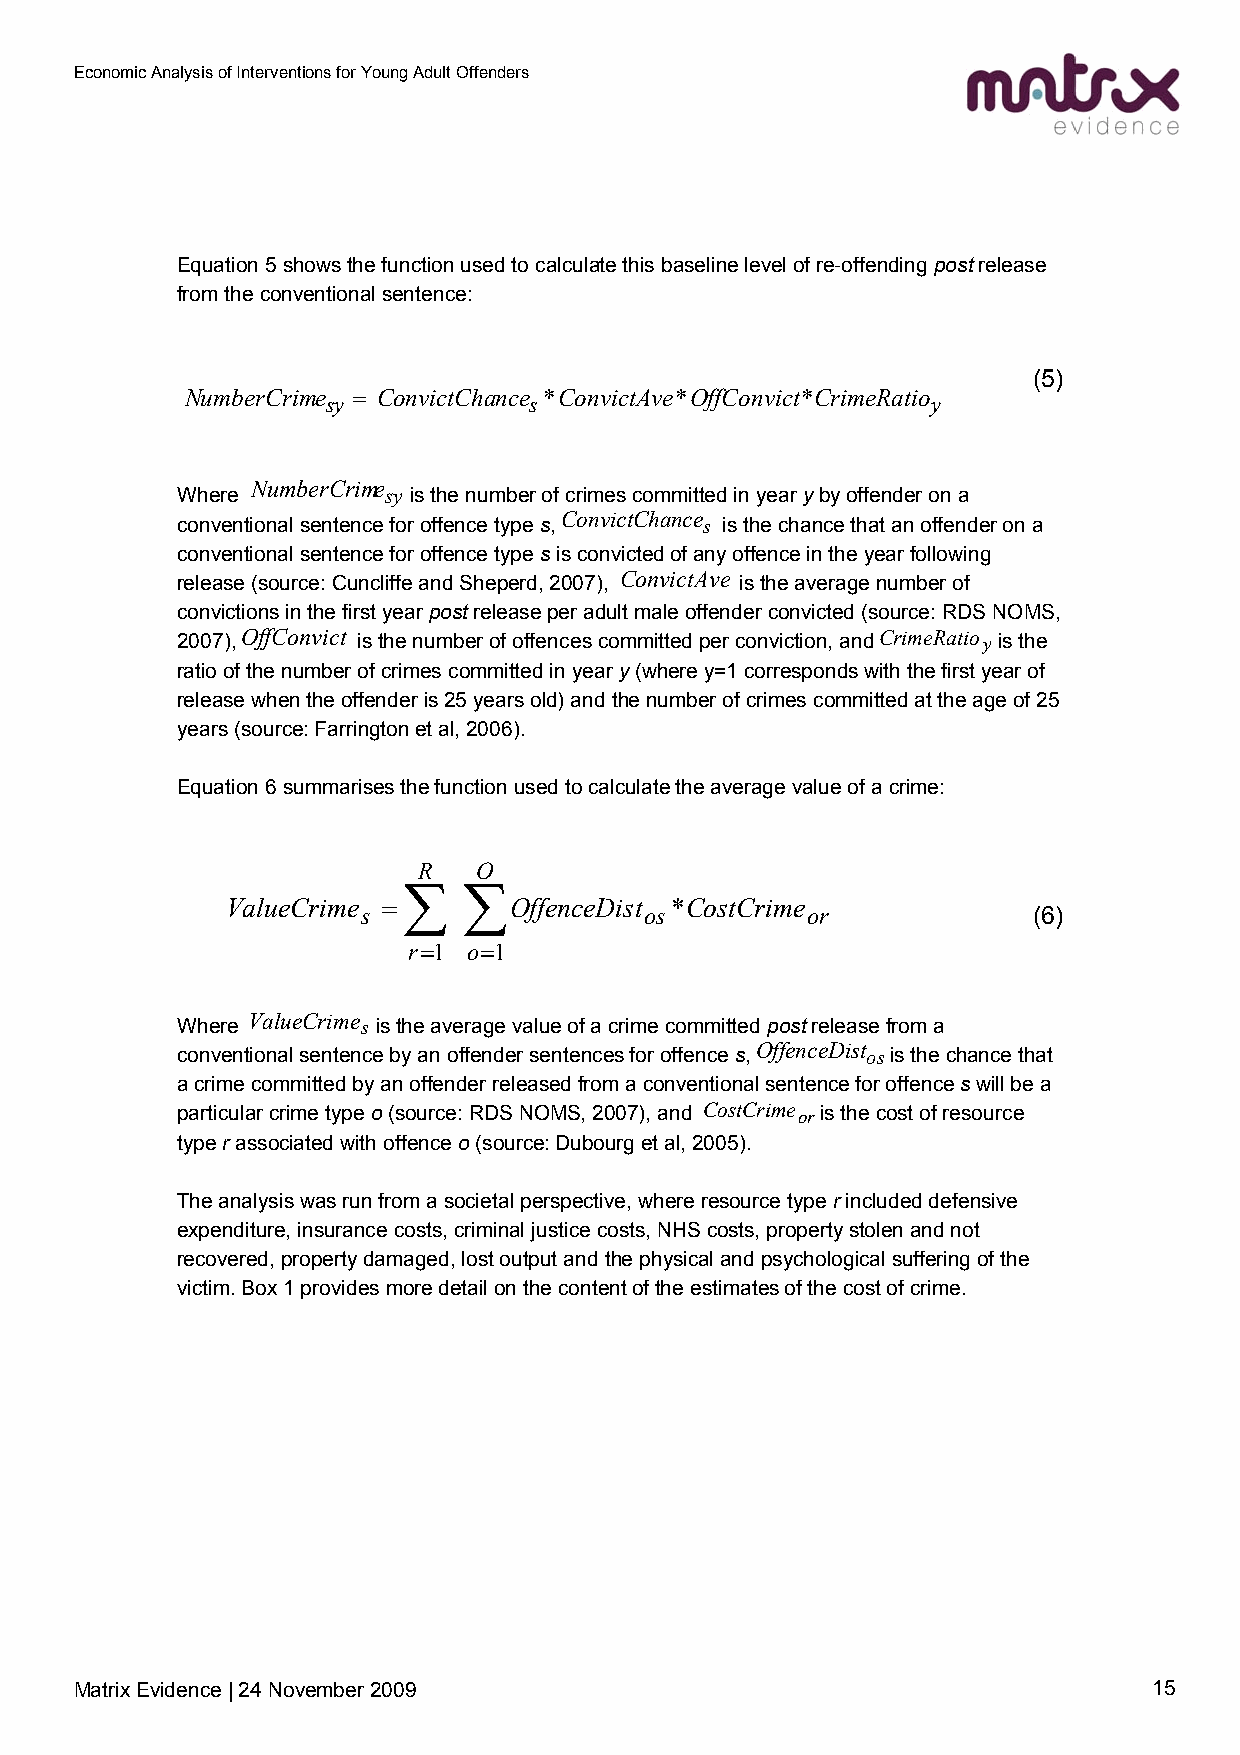
Economic Analysis of Interventions for Young Adult Offenders
 Equation 5 shows the function used to calculate this baseline level of re-offending post release
 from the conventional sentence:
 (5)
 NumberCrime = ConvictChance *ConvictAve*OffConvict*CrimeRatio
 sy           s                          y
 NumberCrime
 Where        sy is the number of crimes committed in year y by offender on a
 conventional sentence for offence type s,ConvictChance s is the chance that an offender on a
 conventional sentence for offence type s is convicted of any offence in the year following
 release (source: Cuncliffe and Sheperd, 2007), ConvictAve is the average number of
 convictions in the first year post release per adult male offender convicted (source: RDS NOMS,
 2007),OffConvict is the number of offences committed per conviction, andCrimeRatio y is the
 ratio of the number of crimes committed in year y (where y=1 corresponds with the first year of
 release when the offender is 25 years old) and the number of crimes committed at the age of 25
 years (source: Farrington et al, 2006).
 Equation 6 summarises the function used to calculate the average value of a crime:
 R   O
 ∑   ∑
 ValueCrime =       OffenceDist *CostCrime
 s                  os        or             (6)
 r=1 o=1
 Where ValueCrime s is the average value of a crime committed post release from a
 conventional sentence by an offender sentences for offence s,OffenceDist osis the chance that
 a crime committed by an offender released from a conventional sentence for offence s will be a
 particular crime type o (source: RDS NOMS, 2007), and CostCrime oris the cost of resource
 type r associated with offence o (source: Dubourg et al, 2005).
 The analysis was run from a societal perspective, where resource type r included defensive
 expenditure, insurance costs, criminal justice costs, NHS costs, property stolen and not
 recovered, property damaged, lost output and the physical and psychological suffering of the
 victim. Box 1 provides more detail on the content of the estimates of the cost of crime.
 Matrix Evidence | 24 November 2009                                     15